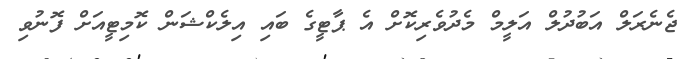
ޖެނެރަލް އަބުދުލް އަލީމް މެދުވެރިކޮށް އެ ޕާޓީގެ ބައި އިލެކްޝަން ކޮމިޓީއަށް ފޮނުވި